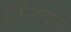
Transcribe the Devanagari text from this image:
सैलिकों